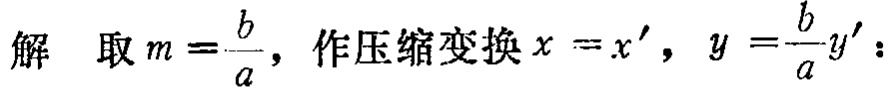
解 取 \(m = \frac{b}{a}\)，作压缩变换 \(x = x'\)，\(y = \frac{b}{a}y'\)：